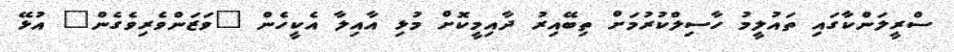
ސްރީލަންކާގައި ތައުލީމު ހާސިލްކުރުމަށް ތިބޭއިރު ދާއިމީކޮށް މުޅި އާއިލާ އެކީހެން "ވަޒަންވެރިވެގެން" އުޅޭ